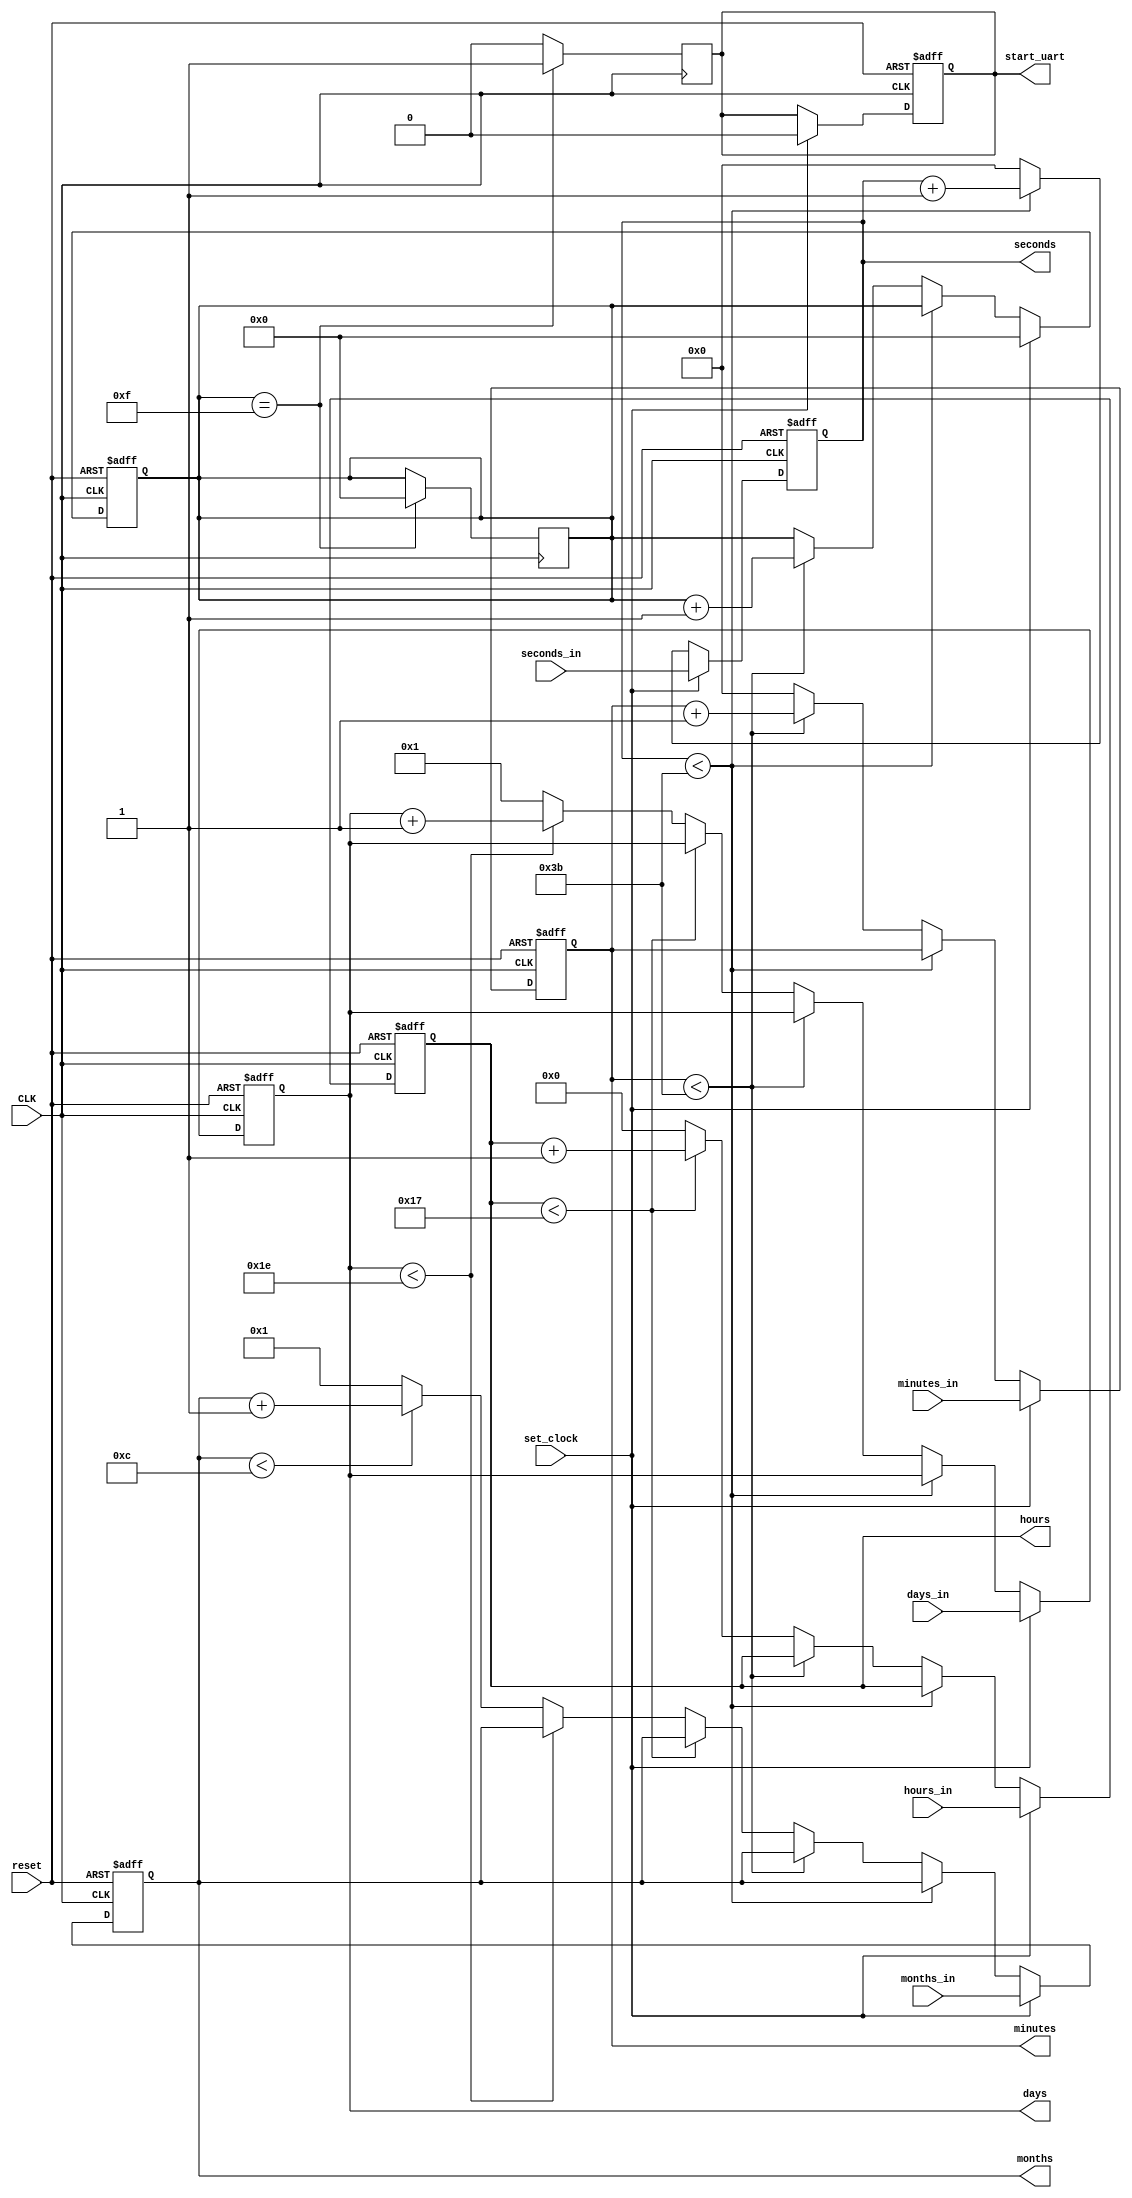
`timescale 1ns / 1ps
`define send_interval 15
`define default_seconds 0
`define default_minutes 0
`define default_hours   0
`define default_days    1
`define default_months  1

module clock_generator(
    input CLK,
    input reset,
    input set_clock,
    input [5:0]seconds_in,
    input [5:0]minutes_in,
    input [4:0]hours_in,
    input [4:0]days_in,
    input [3:0]months_in,
    output reg [5:0]seconds,
    output reg [5:0]minutes,
    output reg [4:0]hours,
    output reg [4:0]days,
    output reg [3:0]months,
    output reg start_uart
    );  
        
    reg [8:0]counter;
    
    always @(posedge CLK or posedge reset) begin /*begin always*/        
        if (reset) begin
            seconds <= `default_seconds;
            minutes <= `default_minutes;
            hours <= `default_hours;
            days <= `default_days;
            months <= `default_months;
            counter <= 0;
            start_uart <= 0;
        end
        else if (set_clock) begin
            seconds <= seconds_in;
            minutes <= minutes_in;
            hours <= hours_in;
            days <= days_in;
            months <= months_in;
            counter <= 0;
            start_uart <= 0;
        end
        else begin
        
            if (seconds < 59) begin
                seconds <= seconds + 1;
            end
            else begin /*begin else*/
                seconds <= 0;
                if(minutes < 59)begin
                    minutes <= minutes + 1;
                    counter <= counter + 1;
                end
                else begin
                    minutes <= 0;
                    if (hours < 23) begin
                        hours <= hours + 1;
                    end
                    else begin
                        hours <= 0;
                        if (days < 30) begin
                            days <= days + 1;
                        end
                        else begin
                            days <= 1;
                            if (months < 12)begin
                                months <= months + 1;
                            end
                            else begin
                                months <= 1;
                            end
                        end
                    end
                end
            end /*end else*/
            
        end
    end /*end always*/
    
    always @(posedge CLK)begin /*begin 2nd always*/
        if (counter == `send_interval) begin
            start_uart <= 1;
            counter <= 0;
        end
        else begin
            start_uart <= 0;
        end
    end /*end 2nd always*/
    
endmodule